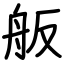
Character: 舨